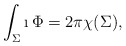
\begin{align*}\int_{\Sigma}\i\, \Phi=2\pi\chi(\Sigma),\end{align*}